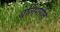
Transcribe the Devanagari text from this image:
बेलिगाति